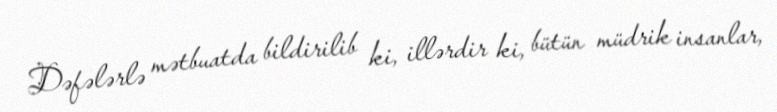
Dəfələrlə mətbuatda bildirilib ki, illərdir ki, bütün müdrik insanlar,